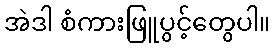
အဲဒါ စံကားဖြူပွင့်တွေပါ။